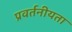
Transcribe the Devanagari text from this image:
प्रवर्तनीयता